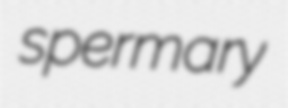
spermary